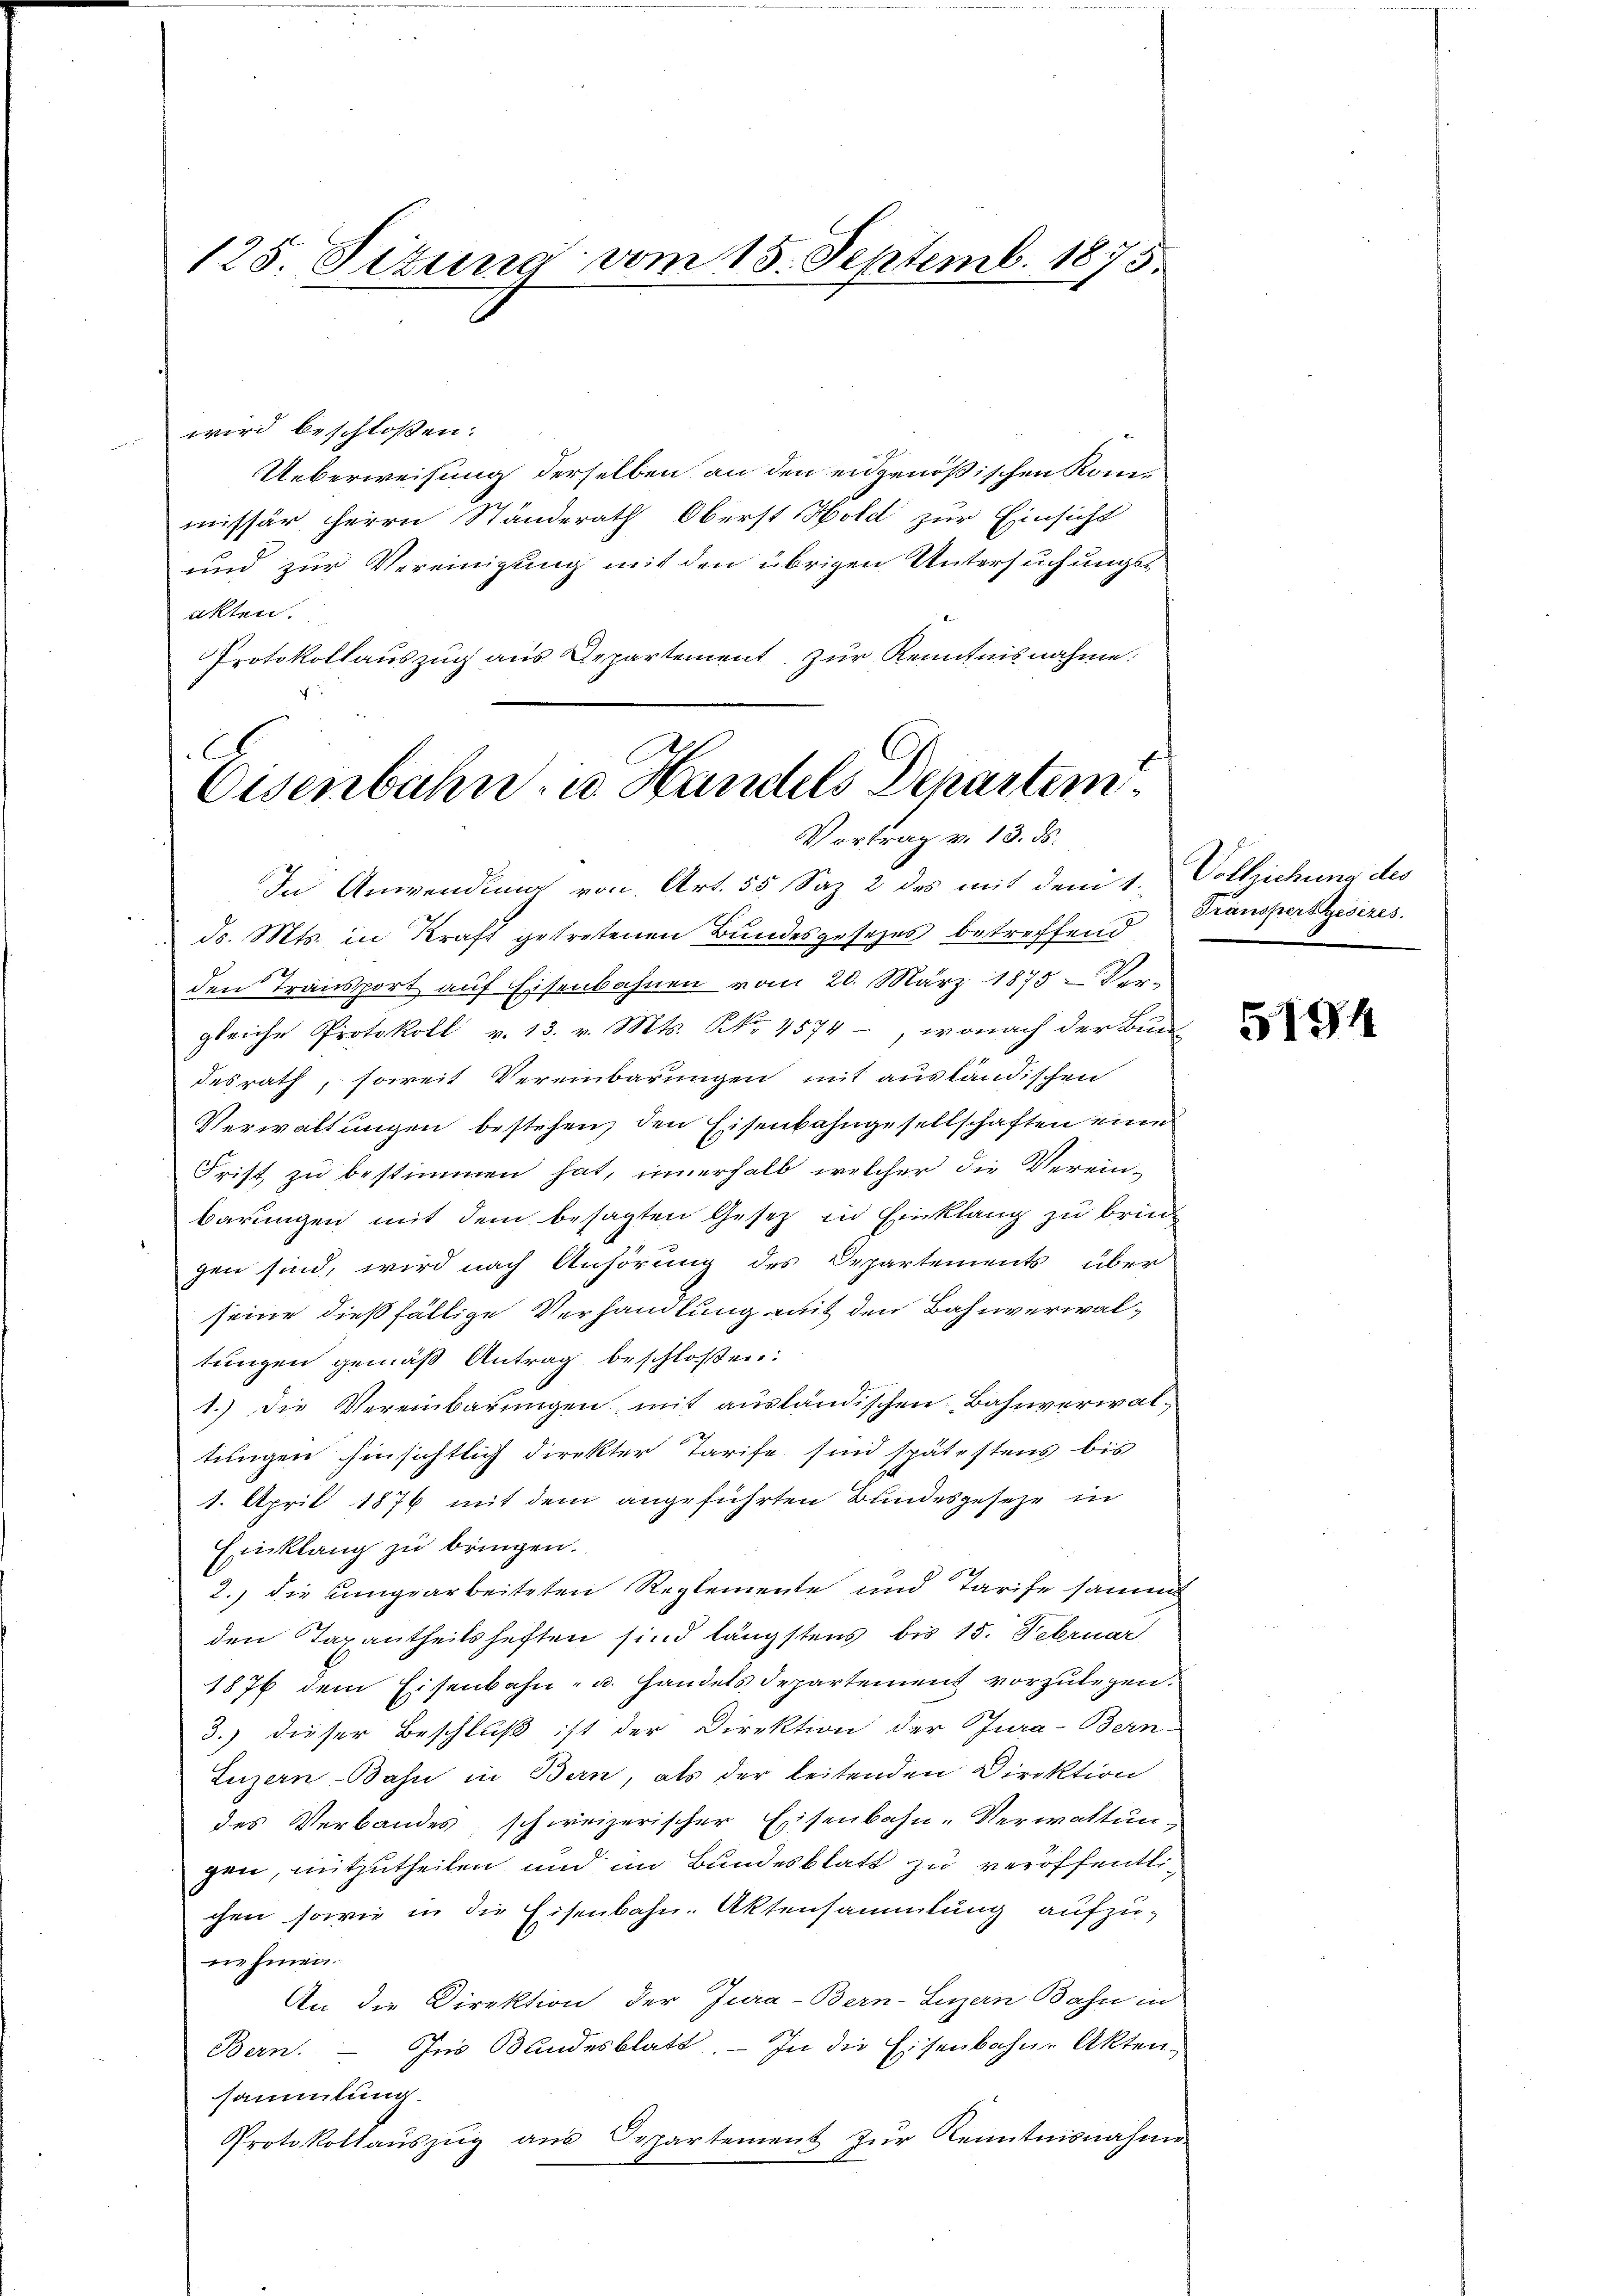
125. Sizung vom 15. Septemb. 1875.

wird beschloßen:
Ueberweisung derselben an den eidgenößischen Kommissär Herrn Ständerath Oberst Hold zur Einsicht
und zur Vereinigung mit den übrigen Untersuchungsakten.
Protokollauszug aus Departement zur Kenntnisnahme.

C
Eisenbahn, u. Handels Departem
Vortrag v. 13. ds.

In Anwendung von Art. 55 Saz 2 des mit dem 1. Vollichung des
d. Mts. in Kraft getretenen Bundesgesetzes betreffend
den Transport auf Eisenbahnen vom 20. März 1875 Ver-
gleiche Protokoll v. 13. v. Mts. NNo. 4574, wonach der Bun
desrath, soweit Vereinbarungen mit ausländischen
Verwaltungen bestehen, den Eisenbahngesellschaften eine
Frist zu bestimmen hat, innerhalb welcher die Verein-
barungen mit dem besagten Gesetz in Einklang zu brin
gen sind, wird nach Anhörung des Departements über
seine dießfällige Verhandlung mit den Bahnverwaltungen gemäß Antrag beschloßen:
1.) Die Vereinbarungen mit ausländischen Bahnverwaltungen hinsichtlich direkter Tarife sind spätestens bis
1. April 1876 mit dem angeführten Bundesgesehe in
Einklang zu bringen.
2.) die umgearbeiteten Reglemente und Tarife sammt
den Taxantheils heften sind längstens bis 15. Februar
1876 dem Eisenbahn- u. Handels Departement vorzulegen.
3.) dieser Beschluß ist der Direktion der Jura-Bern-
Luzern-Bahn in Bern, als der leitenden Direktion
des Verbandes, schweizerischer Eisenbahn-Verwaltung
gen, mitzutheilen und im Bundesblatt zu veröffentlichen sowie in die Eisenbahn-Aktensammlung aufzunehmen.
An die Direktion der Jura-Bern-Luzern Bahn in
Bern. Ins Bundesblatt. - In die Eisenbahne Akten,
sammlung.
Protokollaŭszŭg ans Departement zŭr Kenntnisnahme.

Transpersgesezes.

5194